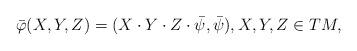
LaTeX: \begin{align*}\bar{\varphi}(X,Y,Z)=(X\cdot Y\cdot Z\cdot \bar{\psi},\bar{\psi}),X,Y,Z\in TM,\end{align*}